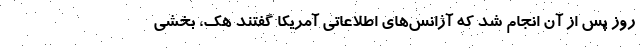
روز پس از آن انجام شد که آژانس‌های اطلاعاتی آمریکا گفتند هک، بخشی